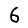
Digit: 6